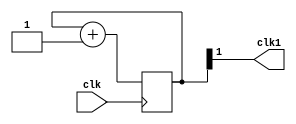
`timescale 1ns / 1ps
//////////////////////////////////////////////////////////////////////////////////
// Company: 
// Engineer: 
// 
// Design Name: 
// Module Name: clk_divisor
// Project Name: 
// Target Devices: 
// Tool Versions: 
// Description: 
// 
// Dependencies: 
// 
// Revision:
// Revision 0.01 - File Created
// Additional Comments:
// 
//////////////////////////////////////////////////////////////////////////////////

module clock_divisor(clk1, clk);
input clk;
output clk1;

reg [1:0] num;
wire [1:0] next_num;

always @(posedge clk) begin
  num <= next_num;
end

assign next_num = num + 1'b1;
assign clk1 = num[1];

endmodule